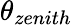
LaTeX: \theta_{zenith}